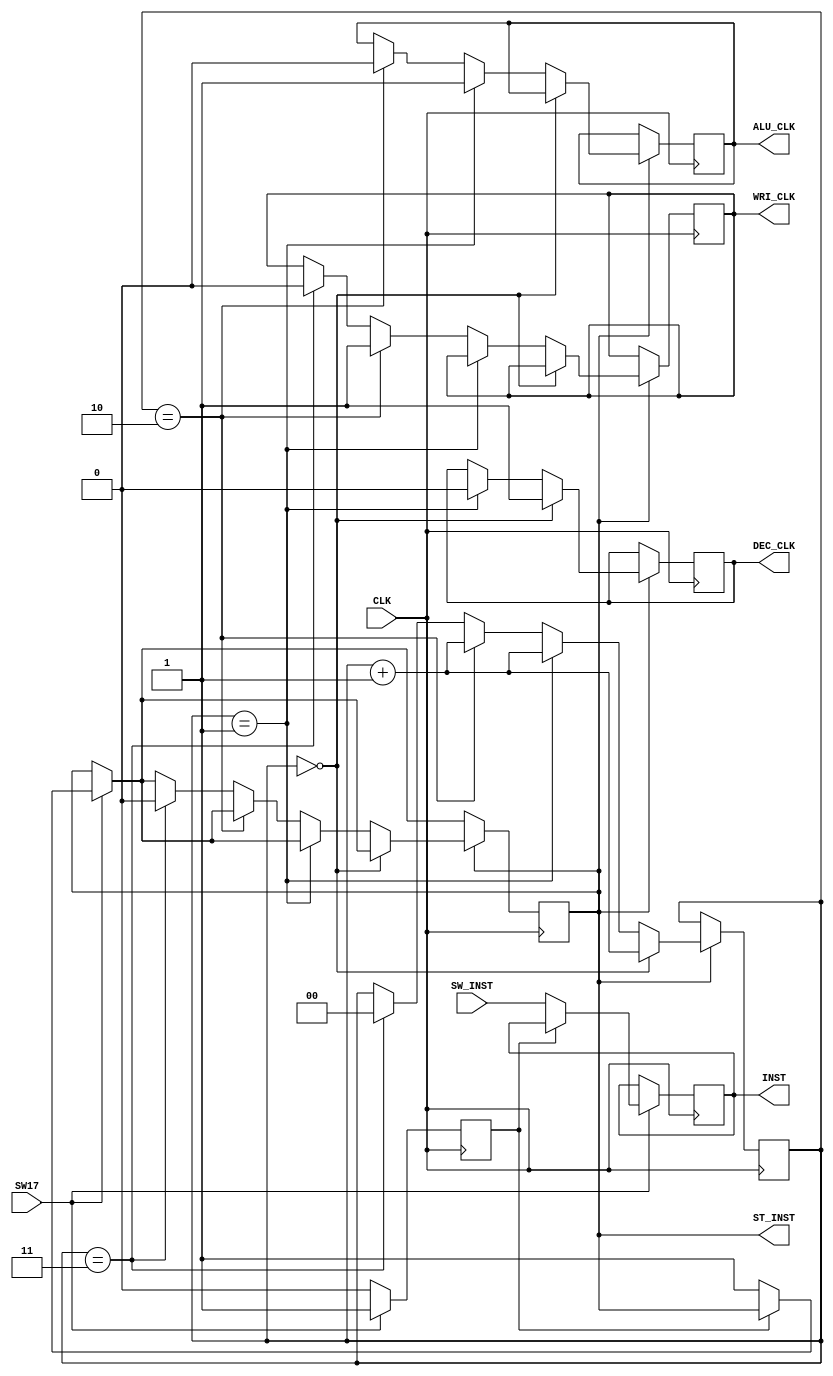
`timescale 1ns / 1ps
//////////////////////////////////////////////////////////////////////////////////
// Company: 
// Engineer: 
// 
// Design Name: 
// Module Name:    CLKCounter 
// Project Name: 
// Target Devices: 
// Tool versions: 
// Description: 
//
// Dependencies: 
//
// Revision: 
// Revision 0.01 - File Created
// Additional Comments: 
//
//////////////////////////////////////////////////////////////////////////////////
module CLKCounter(CLK, SW17, SW_INST, INST, DEC_CLK, ALU_CLK, WRI_CLK, ST_INST);
	input CLK; // U
	input SW17;
	input [7:0]SW_INST; // SW1~SW8
	output [7:0]INST; // 
	output ALU_CLK; // ALUp
	output DEC_CLK; // Decoderp
	output WRI_CLK; // Writep
	output ST_INST;

	reg [7:0]INST = 8'b0;
	reg ALU_CLK = 1'b0;
	reg DEC_CLK = 1'b0;
	reg WRI_CLK = 1'b0;
	reg ST_INST = 1'b0;

	reg [1:0]cnt = 2'b00;
	reg sw_status = 1'b0;
	
	always @(posedge CLK) begin
		 if (SW17 == 1'b1) // fetch
		 begin
			  if (sw_status == 1'b0) // SW17xfetch
			  begin
					ST_INST <= 1'b1;
					INST  <= SW_INST;
					sw_status <= 1'b1;
			  end
		 end
		 else
			  sw_status <= 1'b0;

		 if (ST_INST == 1'b1)
		 begin
			  if (cnt == 2'b00) // decode
			  begin
					cnt <= cnt + 1;
					DEC_CLK <= 1; // decodeJn
			  end
			  else if (cnt == 2'b01) // execute
			  begin
					cnt <= cnt + 1;
					DEC_CLK <= 0;
					ALU_CLK <= 1; // ALUX^[g
			  end
			  else if (cnt == 2'b10) // write
			  begin
					cnt <= cnt + 1;
					ALU_CLK <= 0;
					WRI_CLK <= 1; // writeJn
			  end
			  else if (cnt == 2'b11) // I
			  begin
					cnt <= 2'b00;
					ST_INST <= 0;
					WRI_CLK <= 0;
			  end
		 end
	 end
endmodule